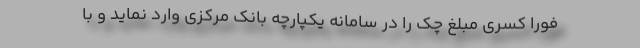
فوراً کسری مبلغ چک را در سامانه یکپارچه بانک مرکزی وارد نماید و با